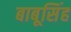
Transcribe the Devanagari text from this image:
बाबूसिंह